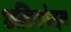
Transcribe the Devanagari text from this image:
अतिस्पंदन